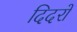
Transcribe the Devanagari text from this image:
दिदरों